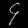
Digit: ၄